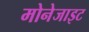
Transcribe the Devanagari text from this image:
मोनेजाइट